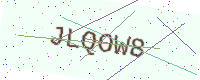
Text: JLQOW8